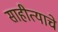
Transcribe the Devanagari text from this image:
साहीत्याचे